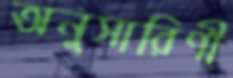
অনুসারিণী